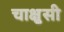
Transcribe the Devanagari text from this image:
चाक्षुसी